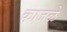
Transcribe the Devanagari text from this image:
काजळे